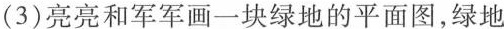
（3）亮亮和军军画一块绿地的平面图，绿地